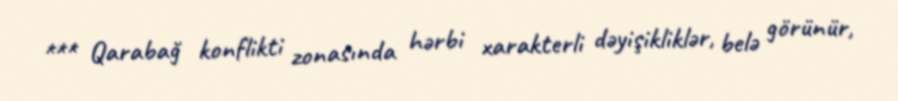
*** Qarabağ konflikti zonasında hərbi xarakterli dəyişikliklər, belə görünür,